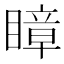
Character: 瞕